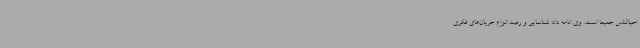
احیاالناس جمیعا است. وی ادامه داد: شناسایی و رصد انواع جریان‌های فکری